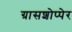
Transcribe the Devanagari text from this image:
ग्रासशोप्पेर